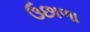
ઉછાળા